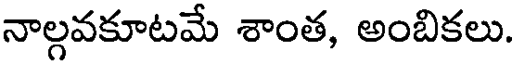
నాల్గవకూటమే శాంత, అంబికలు.